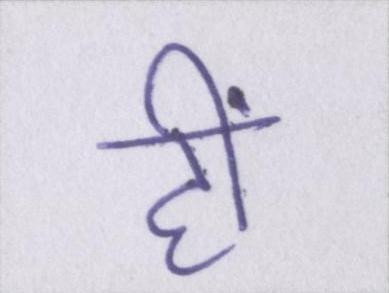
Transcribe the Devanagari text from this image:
हीं